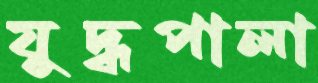
যুদ্ধপালা